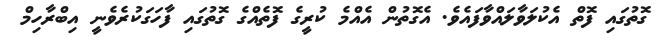
ގޮތުގައި ފޮތް އެކުލަވާލައްވާފައެވެ. އެގޮތުން އެއްމެ ކުރީގެ ފޮތެއްގެ ގޮތުގައި ފާހަގަކުރެވެނީ އިބްރާހިމް